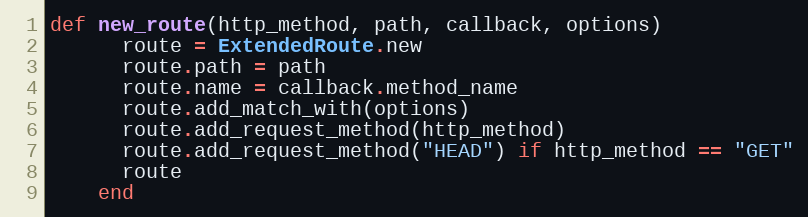
Language: Ruby
def new_route(http_method, path, callback, options)
      route = ExtendedRoute.new
      route.path = path
      route.name = callback.method_name
      route.add_match_with(options)
      route.add_request_method(http_method)
      route.add_request_method("HEAD") if http_method == "GET"
      route
    end